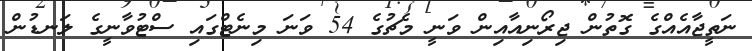
ނަތީޖާއެއްގެ ގޮތުން ޖިރޯނިއާއިން ވަނީ މެޗުގެ 54 ވަނަ މިނެޓްގައި ސްޓުވާނީގެ ލަނޑުން